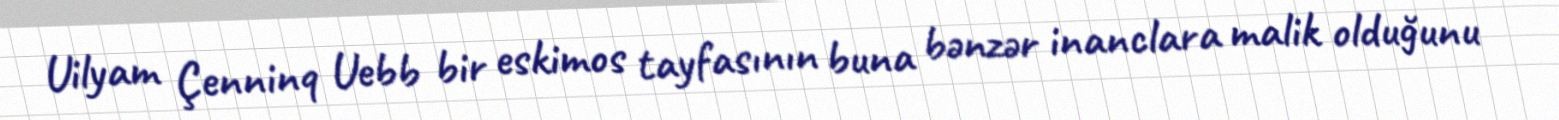
Uilyam Çenninq Uebb bir eskimos tayfasının buna bənzər inanclara malik olduğunu